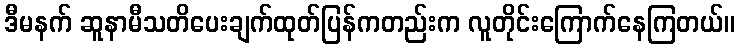
ဒီမနက် ဆူနာမီသတိပေးချက်ထုတ်ပြန်ကတည်းက လူတိုင်းကြောက်နေကြတယ်။